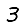
Digit: 3